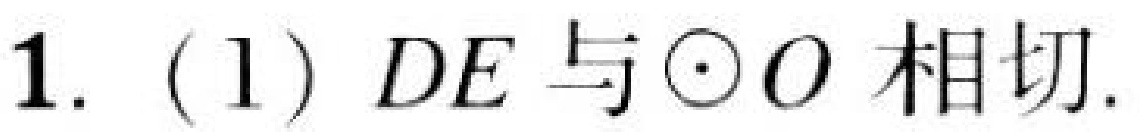
1. (1) \(DE\) 与 \(\odot O\) 相切.